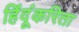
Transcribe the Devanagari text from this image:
हिंदूंकरिता